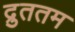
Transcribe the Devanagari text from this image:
द्रुततम